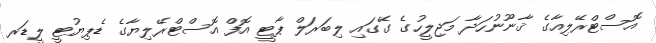
އޮސްޓްރޭލިއާގެ ޤާނޫނުހަދާ މަޖިލީހުގެ ގޭގައި ލިބަރަލް ޕާޓީ އޮފް އޮސްޓްރޭލިޔާގެ ޑެޕިޔުޓީ ލީޑަރ